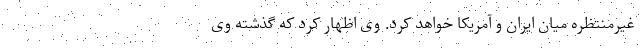
غیرمنتظره میان ایران و آمریکا خواهد کرد. وی اظهار کرد که گذشته وی